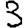
Digit: 3